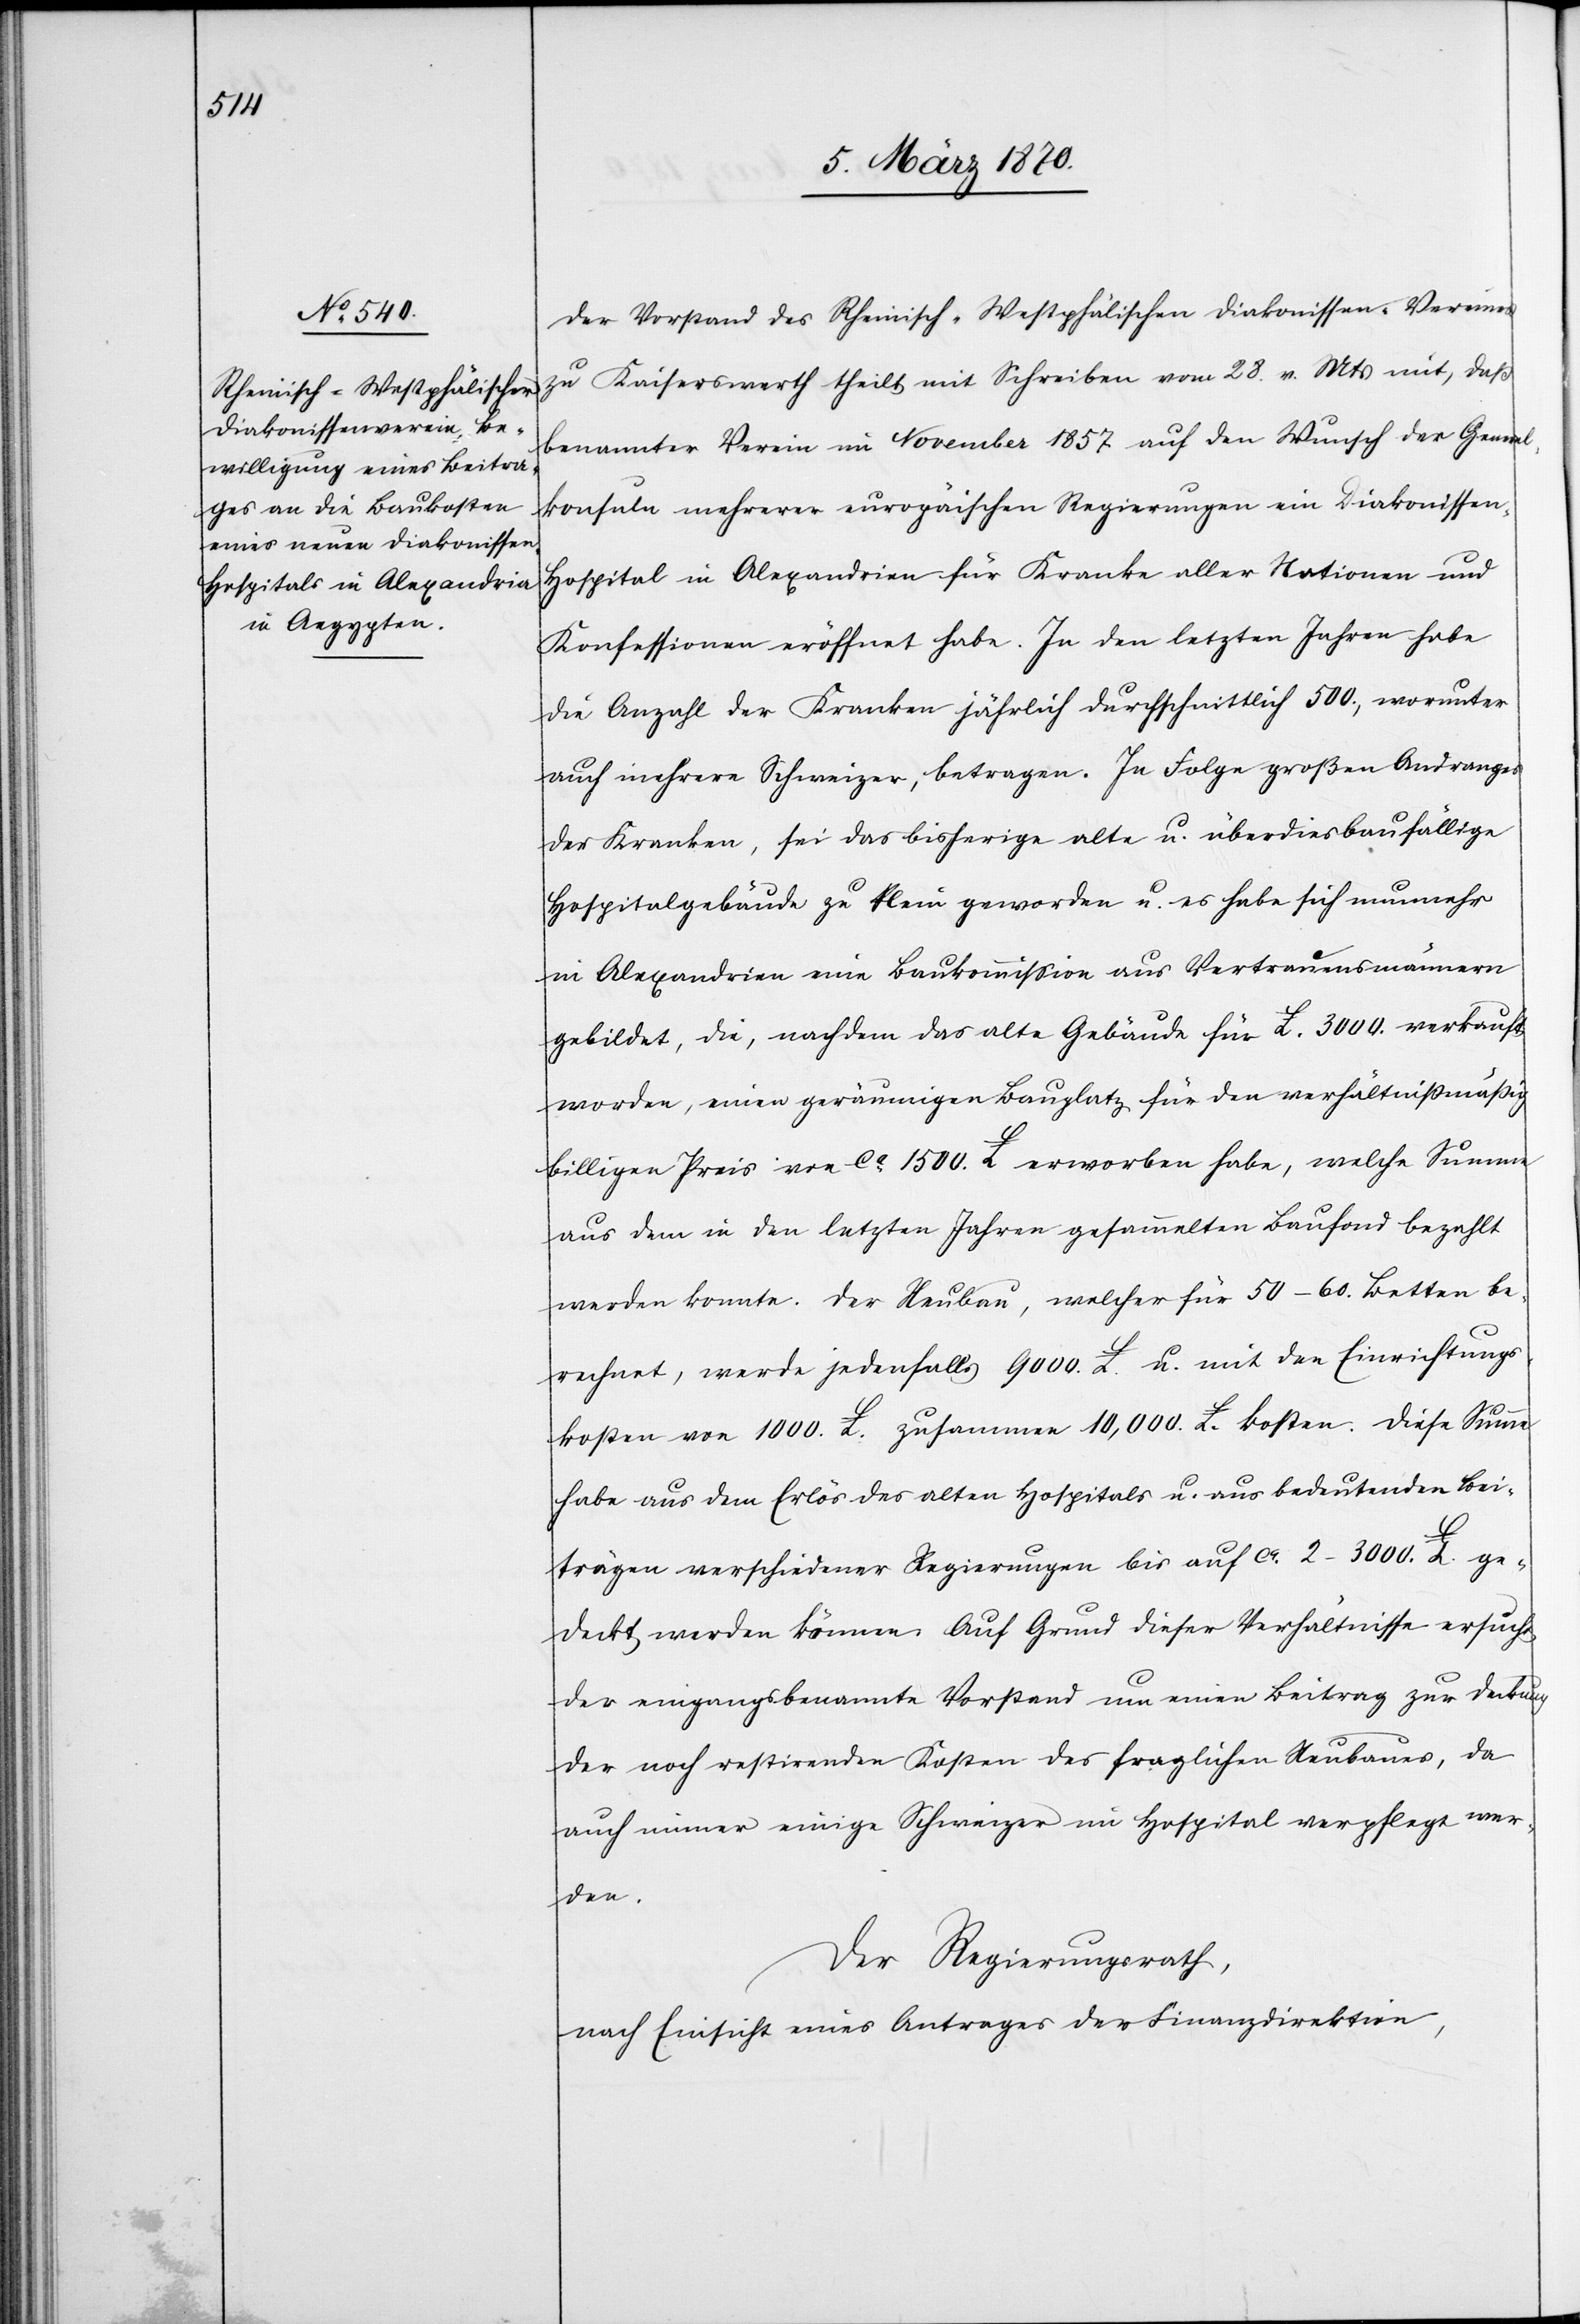
Der Vorstand des Rheinisch-Westphälischen Diakonissenvereines
zu Kaiserswerth theilt mit Schreiben vom 28. v. Mts mit, daß
benannter Verein im November 1857 auf den Wunsch der General¬
konsuln mehrerer europäischen [sic!] Regierungen ein Diakonisse¬
n-Hospital in Alexandrien für Kranke aller Nationen und
Konfessionen eröffnet habe. In den letzten Jahren habe
die Anzahl der Kranken jährlich durchschnittlich 500., worunter
auch mehrere Schweizer, betragen. In Folge großen Andranges
der Kranken, sei das bisherige alte u. überdies baufällige
Hospitalgebäude zu klein geworden u. es habe sich nunmehr
in Alexandrien eine Baukommission aus Vertrauensmännern
gebildet, die, nachdem das alte Gebäude für L. 3000. verkauft
worden, einen geräumigen Bauplatz für den verhältnißmäßig
billigen Preis von ca. 1500. L erworben habe, welche Summe
aus dem in den letzten Jahren gesammelten Baufond bezahlt
werden konnte. Der Neubau, welcher für 50–60. Betten be¬
rechnet, werde jedenfalls 9000. L. u. mit den Einrichtungs¬
kosten von 1000. L. zusammen 10,000. L. kosten. Diese Summe
habe aus dem Erlös des alten Hospitals u. aus bedeutenden Bei¬
trägen verschiedener Regierungen bis auf ca. 2–3000. L. ge¬
deckt werden können. Auf Grund dieser Verhältnisse ersucht
der eingangs benannte Vorstand um einen Beitrag zu Deckung
der noch restirenden Kosten des fraglichen Neubaues, da
auch immer einige Schweizer im Hospital verpflegt wer¬
den.
Der Regierungsrath,
nach Einsicht eines Antrages der Finanzdirektion,